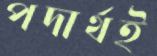
পদার্থই